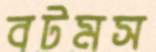
বটমস